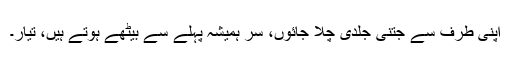
اپنی طرف سے جتنی جلدی چلا جائوں، سر ہمیشہ پہلے سے بیٹھے ہوتے ہیں، تیار۔